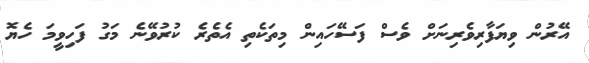
އޭރުން ވިޔަފާރިވެރިނަށް ވެސް ފަސޭހައިން މިތަކެތި އެތެރެ ކުރުވޭނެ މަގު ފަހިވީމަ ހެޔޮ